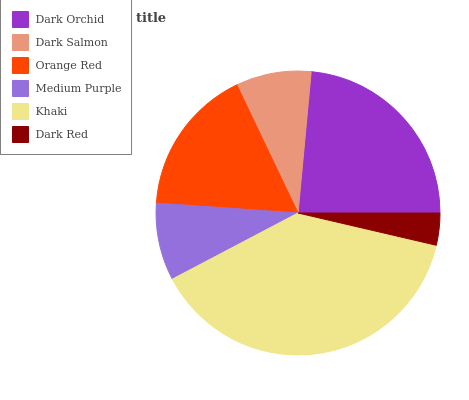
| Dark Orchid | Dark Salmon | Orange Red | Medium Purple | Khaki | Dark Red |
 | --- | --- | --- | --- | --- | --- |
 | 23.5% | 8.55% | 16.8% | 8.81% | 38.6% | 3.64% |